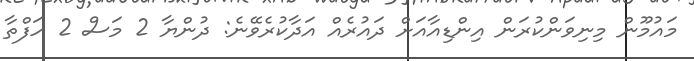
މައުމޫން މިނިވަންކުރަން އިންޑިއާއަށް ދައުރެއް އަދާކުރެވޭނެ: ދުންޔާ 2 މަސް 2 ހަފްތާ